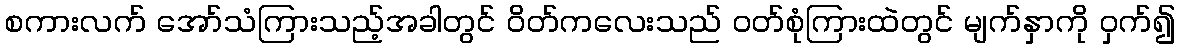
စကားလက် အော်သံကြားသည့်အခါတွင် ဝိတ်ကလေးသည် ဝတ်စုံကြားထဲတွင် မျက်နှာကို ဝှက်၍